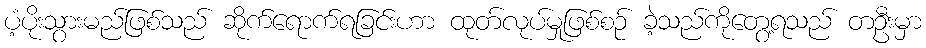
ပံ့ပိုးသွားမည်ဖြစ်သည် ဆိုက်ရောက်ရခြင်းဟာ ထုတ်လုပ်မှုဖြစ်စဉ် ခဲ့သည်ကိုတွေ့ရသည် တဦးမှာ